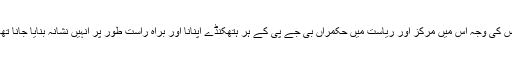
اس کی وجہ اس میں مرکز اور ریاست میں حکمراں بی جے پی کے ہر ہتھکنڈے اپنانا اور براہ راست طور پر انہیں نشانہ بنایا جانا تھا۔